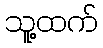
သူ့ထက်